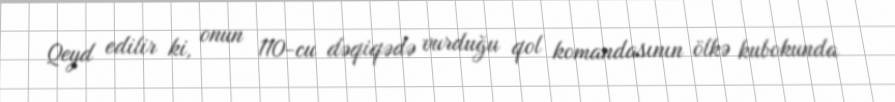
Qeyd edilir ki, onun 110-cu dəqiqədə vurduğu qol komandasının ölkə kubokunda